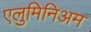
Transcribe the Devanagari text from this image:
एलुमिनिअम